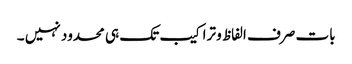
بات صرف الفاظ و تراکیب تک ہی محدود نہیں ۔